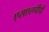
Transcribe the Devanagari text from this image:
एसएलपीपी